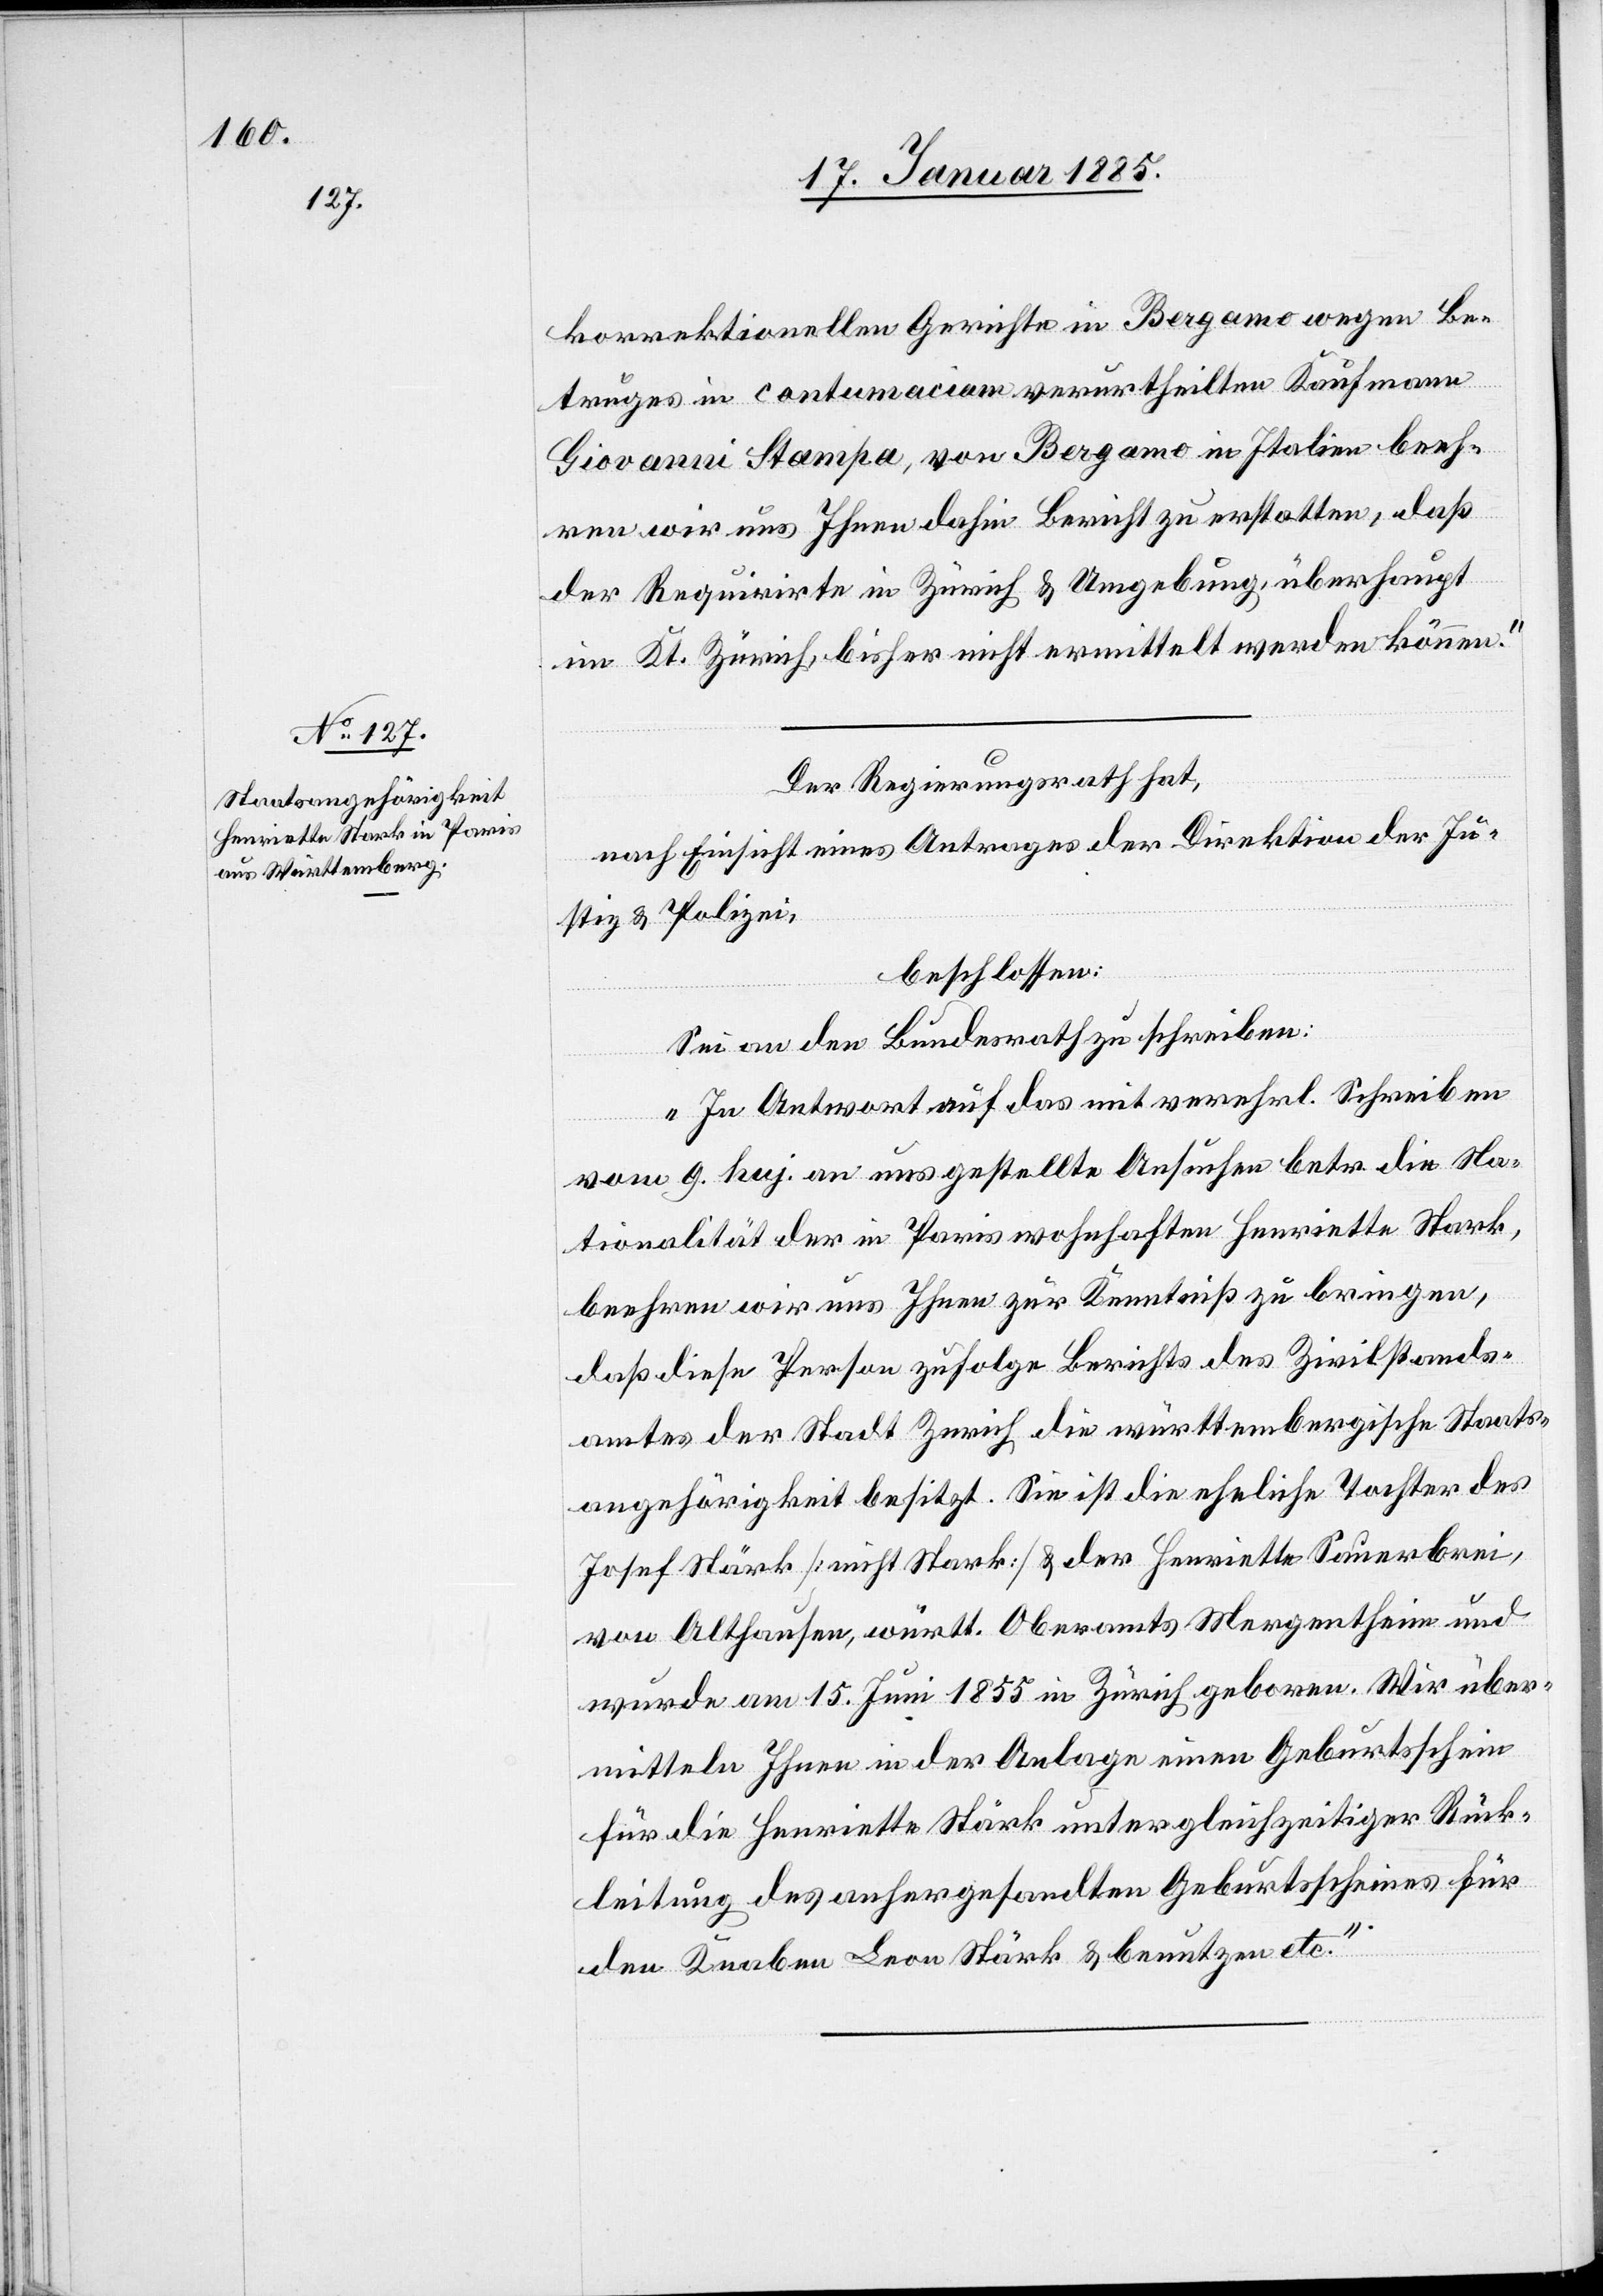
korrektionellen Gerichte in Bergamo wegen Be¬
truges in contumaciam verurtheilten Kaufmann
Giovanni Stampa, von Bergamo in Italien beeh¬
ren wird uns Ihnen dahin Bericht zu erstatten, daß
der Requirirte in Zürich & Umgebung, überhaupt
im Kt. Zürich, bisher nicht ermittelt werden können
Der Regierungsrath hat,
nach Einsicht eines Antrages der Direktion der Ju¬
stiz & Polizei,
beschlossen:
Sei an den Bundesrath zu schreiben:
„In Antwort auf das mit verehrl. Schreiben
vom 9. huj. an uns gestellte Ansuchen betr. die Na¬
tionalität der in Paris wohnhaften Henriette Stark,
beehren wir uns Ihnen zur Kenntniß zu bringen,
daß diese Person zufolge Berichts des Zivilstands¬
amtes der Stadt Zürich die württembergische Staats¬
angehörigkeit besitzt. Sie ist die eheliche Tochter des
Josef Stärk [nicht Stark] & der Henriette Sauerbrei,
von Althausen, württ. Oberamts Mergentheim und
wurde am 15. Juni 1855 in Zürich geboren. Wir über¬
mitteln Ihnen in der Anlage einen Geburtsschein
für die Henriette Stärk unter gleichzeitiger Rück¬
leitung des anhergesandten Geburtsscheines für
den Knaben Leon Stärk & benutzen etc.“